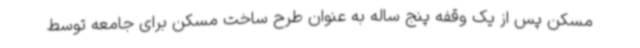
مسکن پس از یک وقفه پنج ساله به عنوان طرح ساخت مسکن برای جامعه توسط